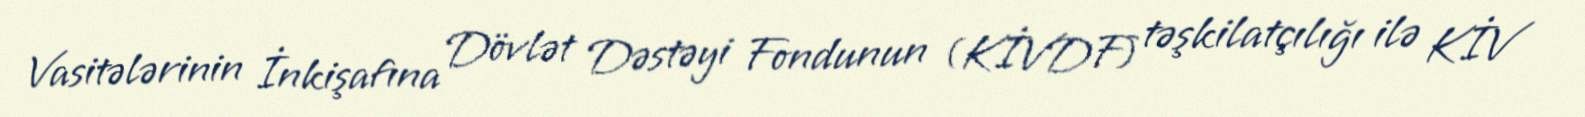
Vasitələrinin İnkişafına Dövlət Dəstəyi Fondunun (KİVDF) təşkilatçılığı ilə KİV